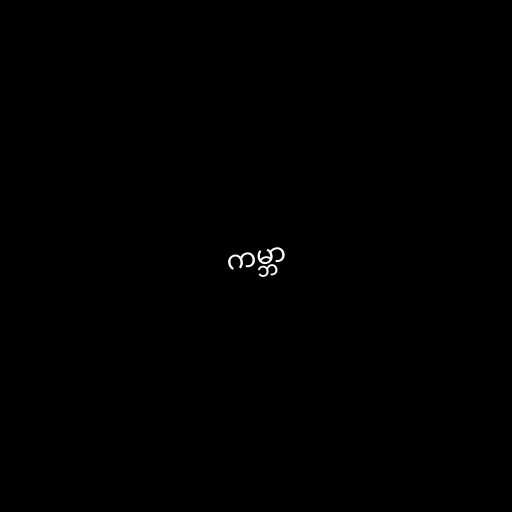
ကမ္ဘာ